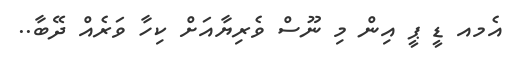
އެމއ ޑީ ޕީ އިން މި ނޫސް ވެރިޔާއަށް ކިހާ ވަރެއް ދޭބާ..